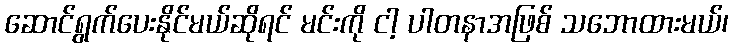
ဆောင်ရွက်ပေးနိုင်မယ်ဆိုရင် မင်းကို ငါ့ ပါတနာအဖြစ် သဘောထားမယ်၊